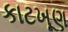
કાટખૂણ